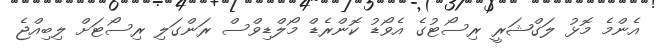
އެންމެ މޮޅު ލަގްޝަރީ ރިސޯޓުގެ އެވޯޑު ކޮންރެޑް މޯލްޑިވްސް ރަންގަލި ރިސޯޓަށް ލިބިއްޖެ